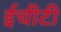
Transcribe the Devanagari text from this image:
ईचीटी